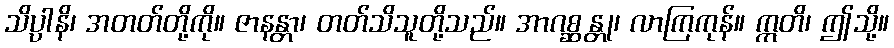
သိပ္ပါနိ၊ အတတ်တို့ကို။ ဇာနန္တာ၊ တတ်သိသူတို့သည်။ အာဂစ္ဆန္တု၊ လာကြကုန်။ ဣတိ၊ ဤသို့။